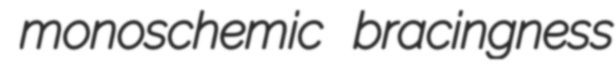
monoschemic bracingness